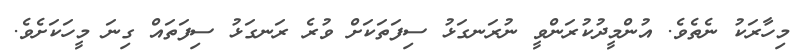
މިހާރަކު ނެތެވެ. އުންމީދުކުރަންވީ ނުރަނގަޅު ސިފަތަކަށް ވުރެ ރަނގަޅު ސިފަތައް ގިނަ މީހަކަށެވެ.